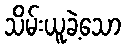
သိမ်းယူခဲ့သော